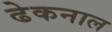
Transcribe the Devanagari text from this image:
ढेकनाल